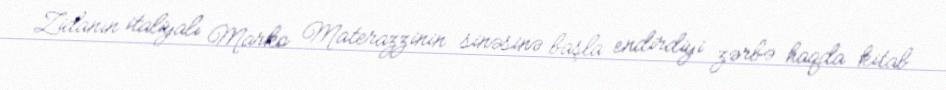
Zidanın italiyalı Marko Materazzinin sinəsinə başla endirdiyi zərbə haqda kitab